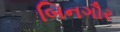
બિનગૌર